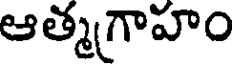
ఆత్మగాహం